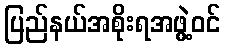
ပြည်နယ်အစိုးရအဖွဲ့ဝင်